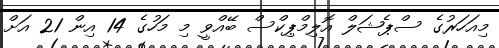
މިއަހަރުގެ ސްޕެޝަލް އޮލިމްޕިކްސް ބޭއްވީ މި މަހުގެ 14 އިން 21 އަށް